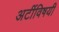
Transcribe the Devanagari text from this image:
अटींविषयी